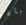
بأن